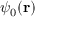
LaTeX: \psi _ { 0 } ( \mathbf { r } )